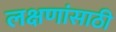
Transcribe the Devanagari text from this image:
लक्षणांसाठी